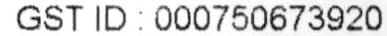
GST ID : 000750673920